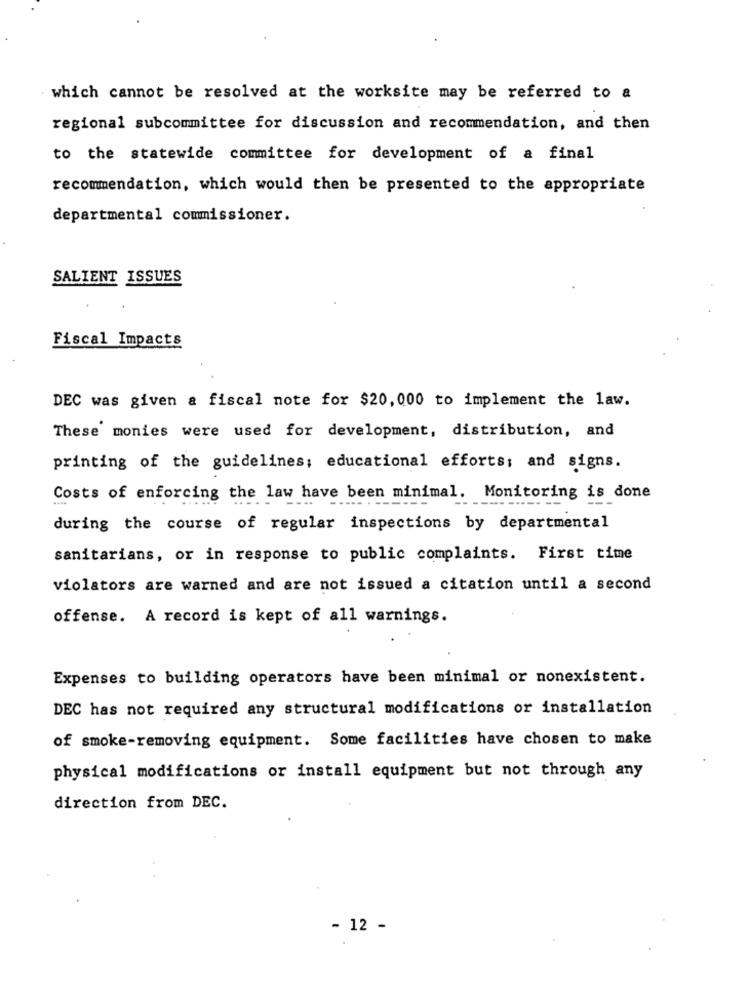
which cannot be resolved at the worksite may be referred to a
regional subcommittee for discussion and recommendation, and then
to the statewide committee for development of a final
recommendation, which would then be presented to the appropriate
departmental commissioner.
SALIENT ISSUES
Fiscal Impacts
DEC was given a fiscal note for $20,000 to implement the law.
These monies were used for development, distribution, and
printing of the guidelines; educational efforts; and signs.
Costs of enforcing the law have been minimal. Monitoring is done
during the course of regular inspections by departmental
sanitarians, or in response to public complaints. First time
violators are warned and are not issued a citation until a second
offense. A record is kept of all warnings.
Expenses to building operators have been minimal or nonexistent.
DEC has not required any structural modifications or installation
of smoke-removing equipment. Some facilities have chosen to make
physical modifications or install equipment but not through any
direction from DEC.
- 12 -